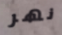
نهر